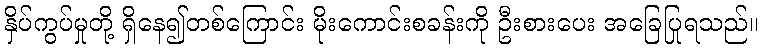
နှိပ်ကွပ်မှုတို့ ရှိနေ၍တစ်ကြောင်း မိုးကောင်းစခန်းကို ဦးစားပေး အခြေပြုရသည်။